Mental hospitals Bombay report 1929-33 - 1929-1933
Year: 1929
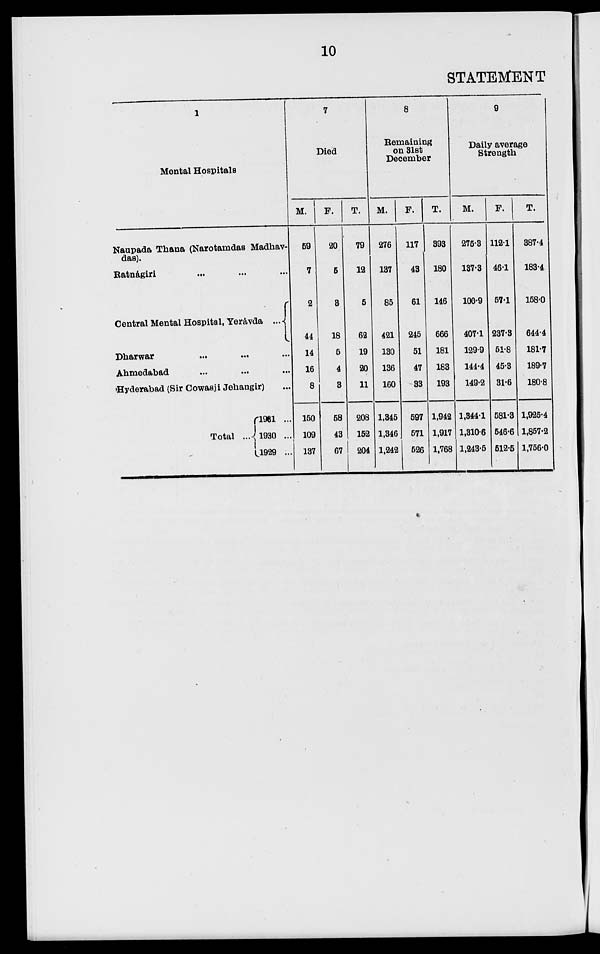
10
STATEMENT
1
Mental Hospitals
Naupada Thana (Narotamdas Madhav-
das).
Ratnágiri ... ... ...
Central Mental Hospital, Yerávda ...
Dharwar
...
...
...
Ahmedabad ... ... ...
Hyderabad (Sir Cowasji Jehangir) ..
Total ...
1931 ...
1930 ...
1929 ...
7
Died
M.
59
7
2
44
14
16
8
160
109
137
F.
20
5
3
18
5
4
3
58
43
67
T.
79
12
5
62
19
20
11
208
152
204
8
Remaining
on 31st
December
M.
276
137
85
421
130
136
160
1,345
1,346
1,242
F.
117
43
61
245
51
47
33
597
571
526
T.
393
180
146
666
181
183
193
1,942
1,917
1,768
9
Daily average
Strength
M.
275.3
137.3
100.9
407.1
129.9
144.4
149.2
1,344.1
1,310.6
1,243.5
F.
112.1
46.1
57.1
237.3
51.8
45.3
31.6
581.3
546.6
512.5
T.
387.4
183.4
158.0
644.4
181.7
189.7
180.8
1,925.4
1,857.2
1,756.0